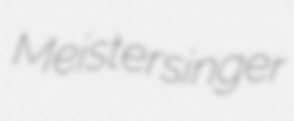
Meistersinger